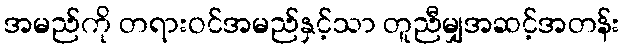
အမည်ကို တရားဝင်အမည်နှင့်သာ တူညီမျှအဆင့်အတန်း